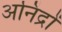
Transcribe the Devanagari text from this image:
अनिंद्रों